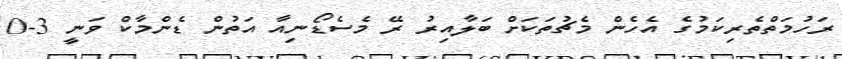
ރަހުމަތްތެރިކަމުގެ އެހެން މެޗުތަކަށް ބަލާއިރު ރޭ މެސެޑޯނިއާ އަތުން ޑެންމާކް ވަނީ 3-0